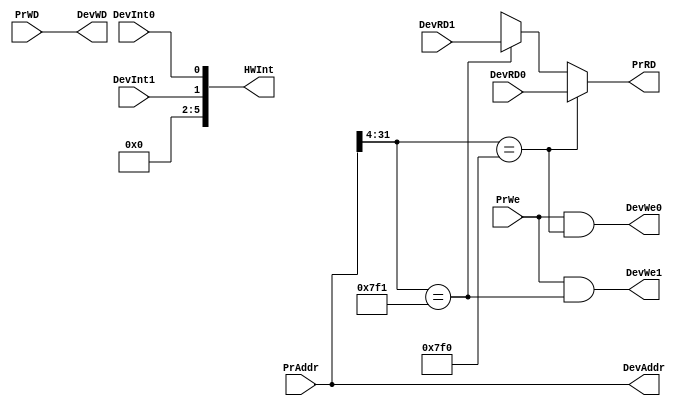
`timescale 1ns / 1ps



module bridge(
	input [31:0] PrAddr,
	input [31:0] PrWD,
	input [31:0] DevRD0,
	input [31:0] DevRD1,
	input DevInt0,
	input DevInt1,
	input PrWe,
	
	output [31:0] DevAddr,
	output [31:0] DevWD,
	output [31:0] PrRD,
	output [7:2] HWInt,
	output DevWe0,
	output DevWe1
    );
	
	wire HitDev0, HitDev1;

	assign HitDev0 = PrAddr[31:4] == 28'h0000_7F0;
	assign HitDev1 = PrAddr[31:4] == 28'h0000_7F1;
	assign HWInt = {4'b0, DevInt1, DevInt0};
	
	assign DevWe0 = PrWe & HitDev0;
	assign DevWe1 = PrWe & HitDev1;
	
	assign DevAddr = PrAddr;
	assign DevWD = PrWD;
	
	assign PrRD = (HitDev0) ? DevRD0 :
	              (HitDev1) ? DevRD1 : 32'bx;	
	
	
endmodule